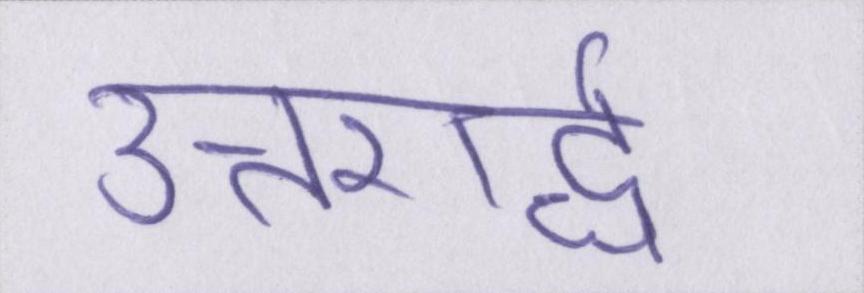
उत्तरार्द्ध